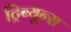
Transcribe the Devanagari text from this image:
ट्रिब्यून्स